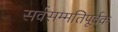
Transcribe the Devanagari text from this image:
सर्वसम्मतिपूर्वक